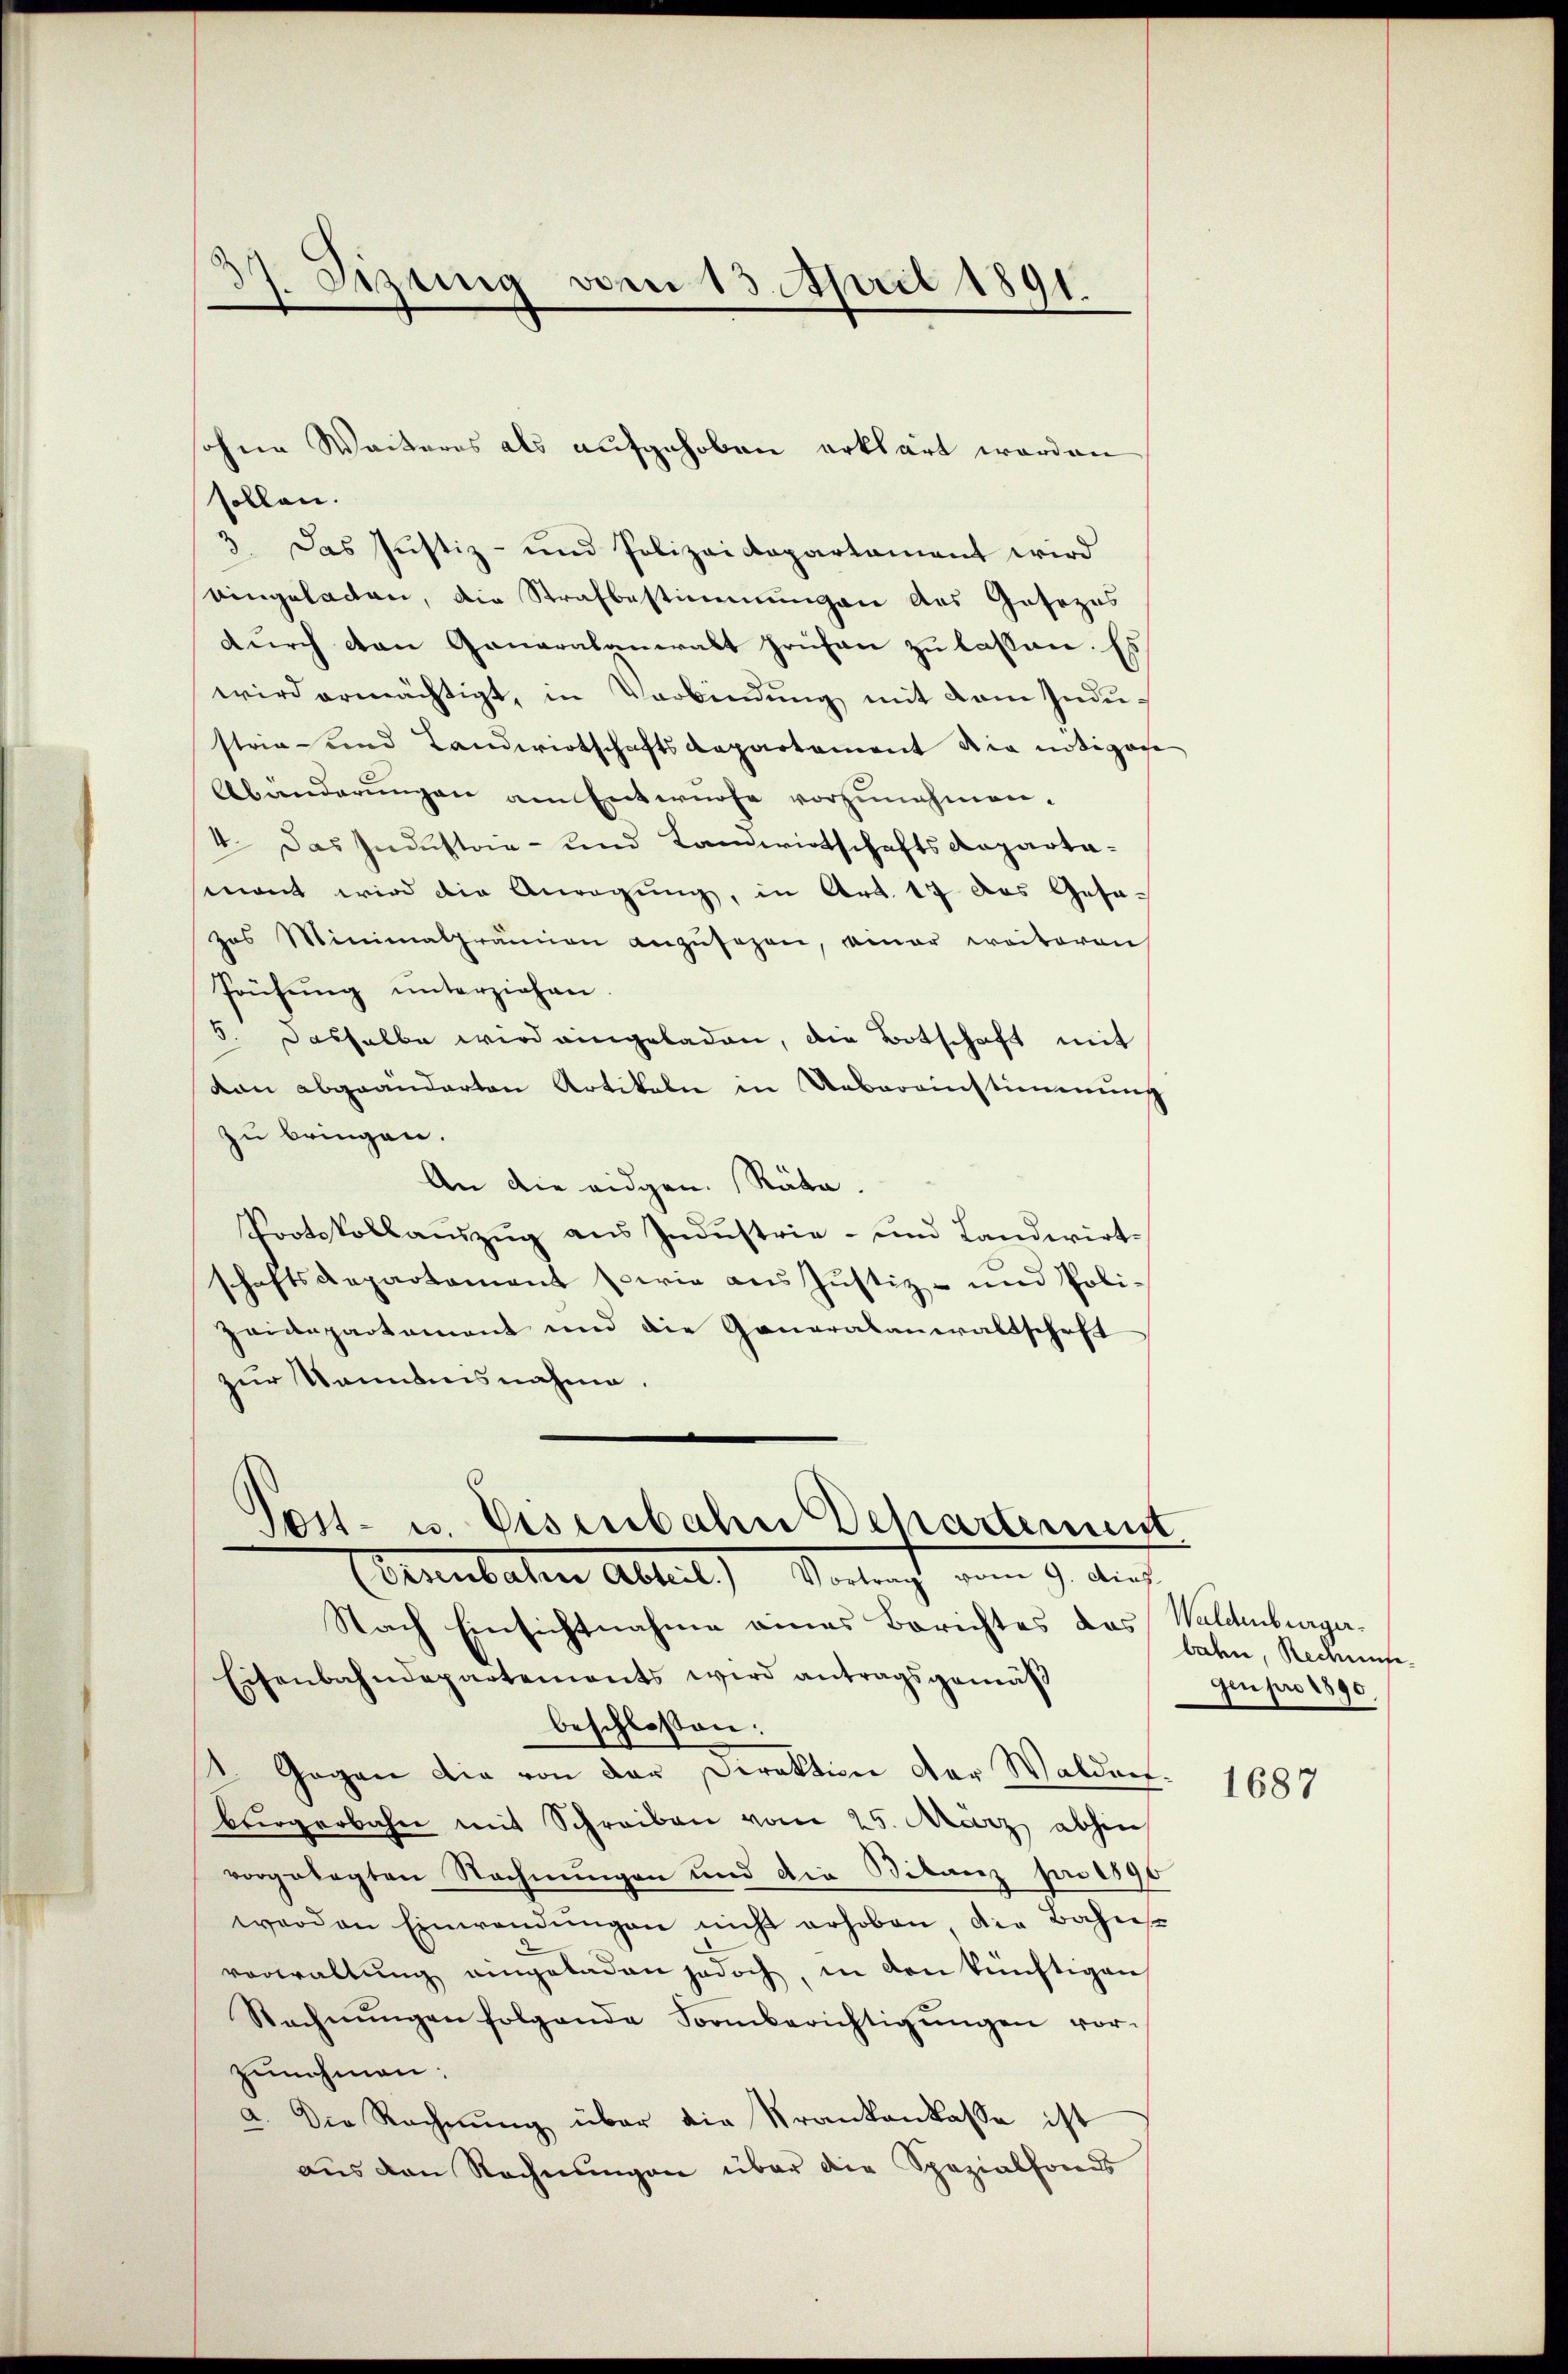
1. Sizung vom 13. April 1891.

sollen.
3 Das Justiz- und Polizeidepartament wird
eingeladen, die Strafbestimmungen des Gesezes
durch den Generalanwalt frühen zu lassen. Es
wird ermächtigt, in Verbindung mit dem Industria- und Landwirtschaftsdepartement die nötigese
Abänderungen am Entwürfe vorzunehmen¬
4. Das Industria- und Landwirtschafts Repartamant wird die Anregung, in Art. 17 das Gesa-
has Minimalprämien anzŭsezen, einer weiteren
Prüfung unterziehen
5. Dasselbe wird eingeladen, die Botschaft mit
dann abgeänderten Artikeln in Uebereinstimmung
zu bringen.
An die eidgen. Räte.
Protokollauszug aus Industrie- und Landwirtschaftsdepartement sowie aus Justiz- und Poli¬
Zeidepartement und die Generalanwaltschaft
zur Kenntnisnahme.

sohne Weiteres als aufgehoben erklärt worden

Post- u. Eisenbahn Dchartement
Cenbahnen Abteil) Antracht vom 9. auch

Nach Einsichtnahme eines Berichtes das Waldenburger¬
Eisenbahndepartements wird antragsgemäβ
beschlossen:
1. Gegen die von der Direktion der Waldarf.
bürgerbahn mit Schreiben vom 25. März abhin
vorgelegten Rechnungen und die Bilanz pr 1890
worden Einwendŭngen nicht erhoben, die Bahnst
vorwaltŭng eingeladen jedoch, in den künftigen
Rechnŭngen folgende Sornberichtigŭngen vor-
zunehmen:
a. Die Rechnŭng über die Krankenkasse ist
aus den Rechnungen über die Spezialfonds

baden, Rechungegen pro 1890

1684